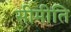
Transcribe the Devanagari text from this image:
सीमीति